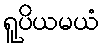
ရူပိယမယံ